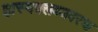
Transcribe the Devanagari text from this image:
हास्यक्लब्जवरचा